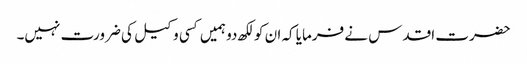
حضرت اقدس نے فرمایا کہ ان کو لکھ دو ہمیں کسی وکیل کی ضرورت نہیں۔